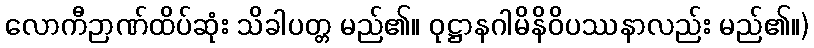
လောကီဉာဏ်ထိပ်ဆုံး သိခါပတ္တ မည်၏။ ဝုဋ္ဌာနဂါမိနိဝိပဿနာလည်း မည်၏။)